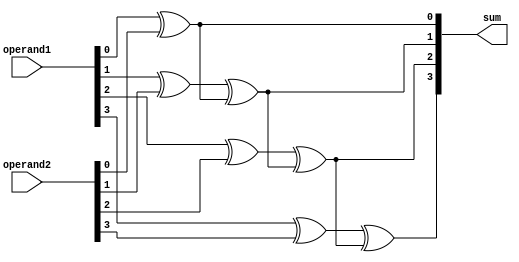
module adder (
    input [3:0] operand1,
    input [3:0] operand2,
    output reg [3:0] sum
);

integer i;

always @* begin
    sum = 4'b0; // Initialize sum to zero
    
    for (i = 0; i < 4; i = i + 1) begin
        if (i == 0)
            sum[i] = operand1[i] ^ operand2[i];
        else
            sum[i] = operand1[i] ^ operand2[i] ^ sum[i-1];
    end
end

endmodule